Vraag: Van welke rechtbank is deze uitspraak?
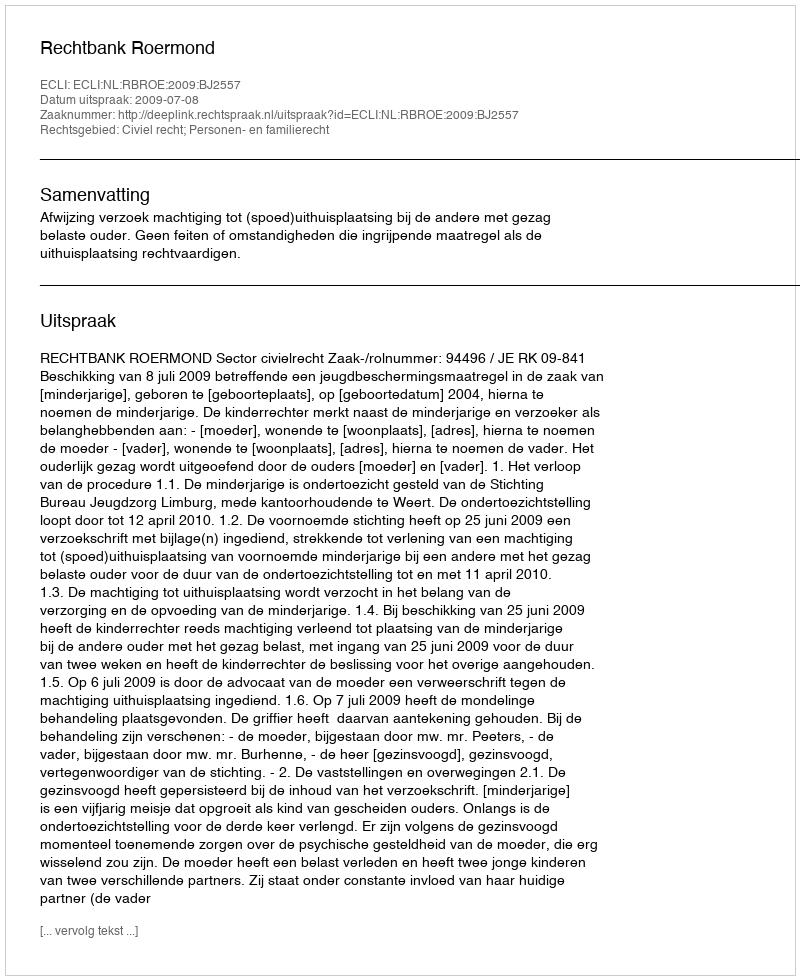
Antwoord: Rechtbank Roermond